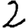
Digit: 2